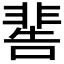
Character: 𩇸